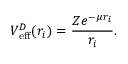
V _ { \mathrm { e f f } } ^ { D } ( { r } _ { i } ) = \frac { Z e ^ { - \mu { r } _ { i } } } { { r _ { i } } } .